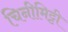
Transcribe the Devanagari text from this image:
चिनीमिट्टी